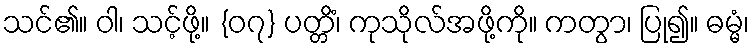
သင်၏။ ဝါ၊ သင့်ဖို့။ {၀၇} ပတ္တိံ၊ ကုသိုလ်အဖို့ကို။ ကတွာ၊ ပြု၍။ ဓမ္မံ၊